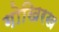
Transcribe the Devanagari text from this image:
गोखिरख